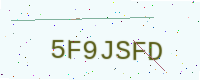
Text: 5F9JSFD